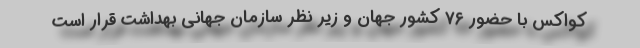
کواکس با حضور ۷۶ کشور جهان و زیر نظر سازمان جهانی بهداشت قرار است